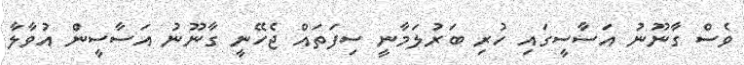
ވެސް ގާނޫނު އަސާސީގައި ހުރި ބަރުލަމާނީ ސިފަތައް ޖެހޭނީ ގާނޫނު އަސާސީން އުވާލާ